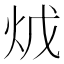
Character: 𤇦